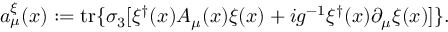
a _ { \mu } ^ { \xi } ( x ) : = \mathrm { t r } \{ \sigma _ { 3 } [ \xi ^ { \dagger } ( x ) { \cal A } _ { \mu } ( x ) \xi ( x ) + i g ^ { - 1 } \xi ^ { \dagger } ( x ) \partial _ { \mu } \xi ( x ) ] \} .